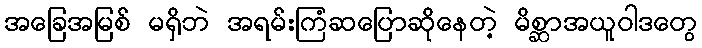
အခြေအမြစ် မရှိဘဲ အရမ်းကြံဆပြောဆိုနေတဲ့ မိစ္ဆာအယူဝါဒတွေ